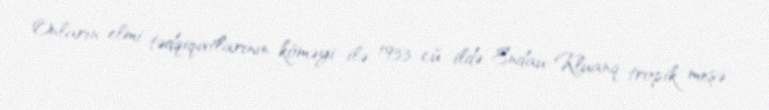
Onların elmi tədqiqatlarının köməyi ilə 1933-cü ildə Endau-Kluanq tropik meşə